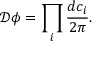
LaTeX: { \mathcal { D } } \phi = \prod _ { i } { \frac { d c _ { i } } { 2 \pi } } .